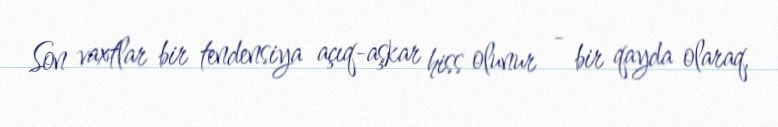
Son vaxtlar bir tendensiya açıq-aşkar hiss olunur - bir qayda olaraq,